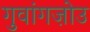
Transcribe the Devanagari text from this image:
गुवांगज़ोउ